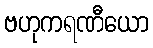
ဗဟုကရဏီယော